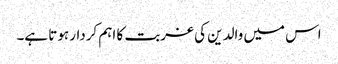
اس میں والدین کی غربت کا اہم کردار ہوتا ہے۔